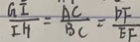
\frac { G I } { I H } = \frac { A C } { B C } = \frac { D F } { E F }